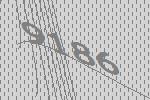
9186